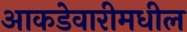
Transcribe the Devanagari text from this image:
आकडेवारीमधील